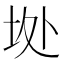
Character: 𱖘